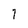
Character: 7